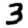
Digit: 3